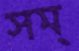
সম্